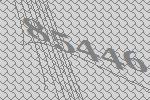
85446